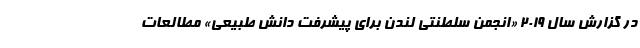
در گزارش سال ۲۰۱۹ «انجمن سلطنتی لندن برای پیشرفت دانش طبیعی» مطالعات